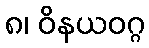
၈၊ ဝိနယဝဂ္ဂ